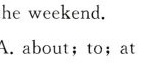
C. to;with;for